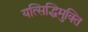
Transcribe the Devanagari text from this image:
यत्सिद्धिमुक्ति